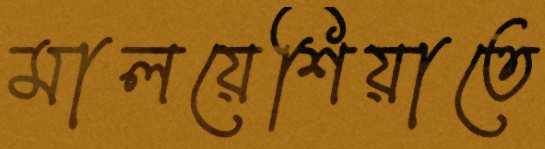
মালয়েশিয়াতে